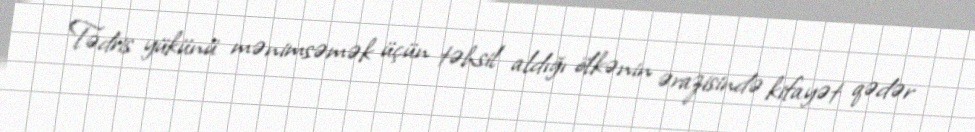
Tədris yükünü mənimsəmək üçün təhsil aldığı ölkənin ərazisində kifayət qədər